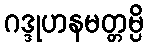
ဂဒ္ဒုဟနမတ္တမ္ပိ